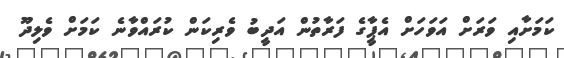
ކަމަށާއި ވަރަށް އަވަހަށް އެޕާީގެ ފަރާތުން އަދީބު ވެރިކަން ކުރައްވާނެ ކަމަށް ވެލިދޫ